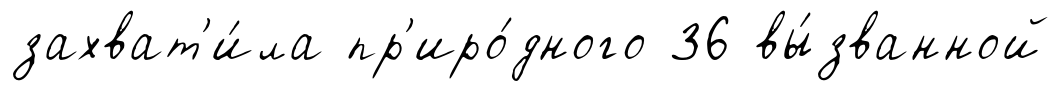
захват'и́ла пр'иро́дного 36 вы́званной